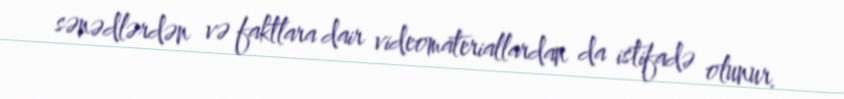
sənədlərdən və faktlara dair videomateriallardan da istifadə olunur.